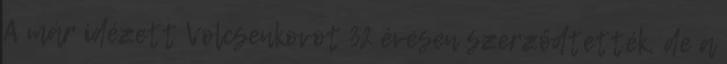
A már idézett Volcsenkovot 32 évesen szerződtették, de a